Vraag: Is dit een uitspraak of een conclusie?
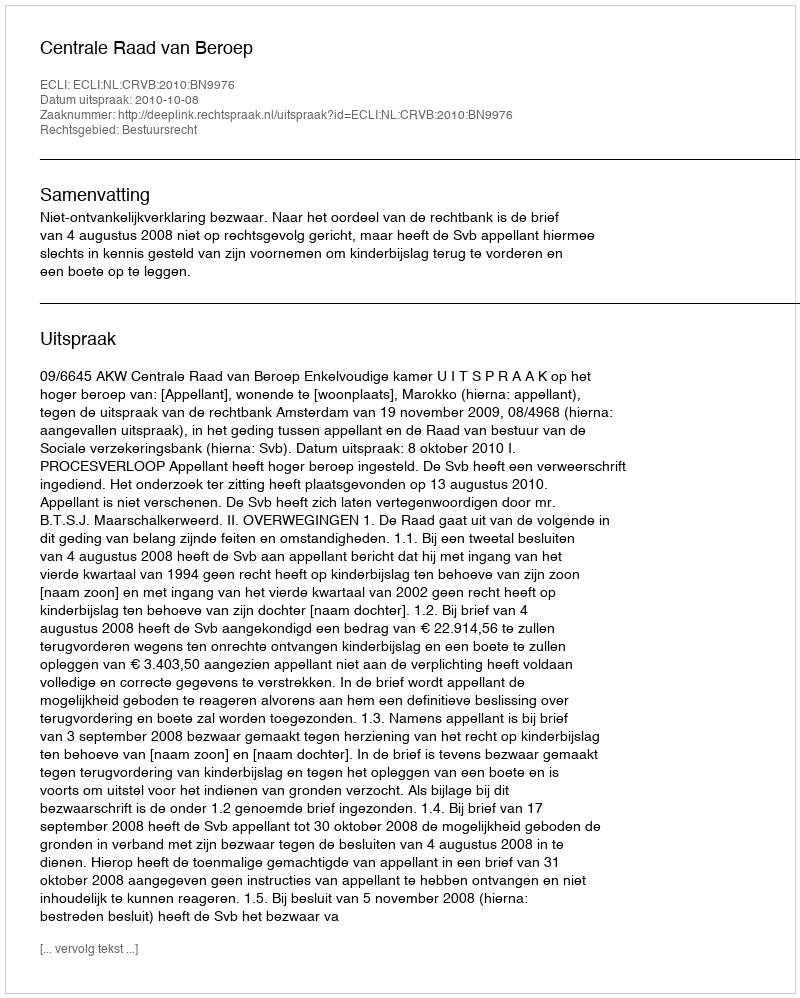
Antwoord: Uitspraak